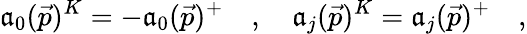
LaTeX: \mathfrak{a}_{0}(\vec{{p}})^{K}=-\mathfrak{a}_{0}(\vec{{p}})^{+}\quad,\quad\mathfrak{a}_{j}(\vec{{p}})^{K}=\mathfrak{a}_{j}(\vec{{p}})^{+}\quad,